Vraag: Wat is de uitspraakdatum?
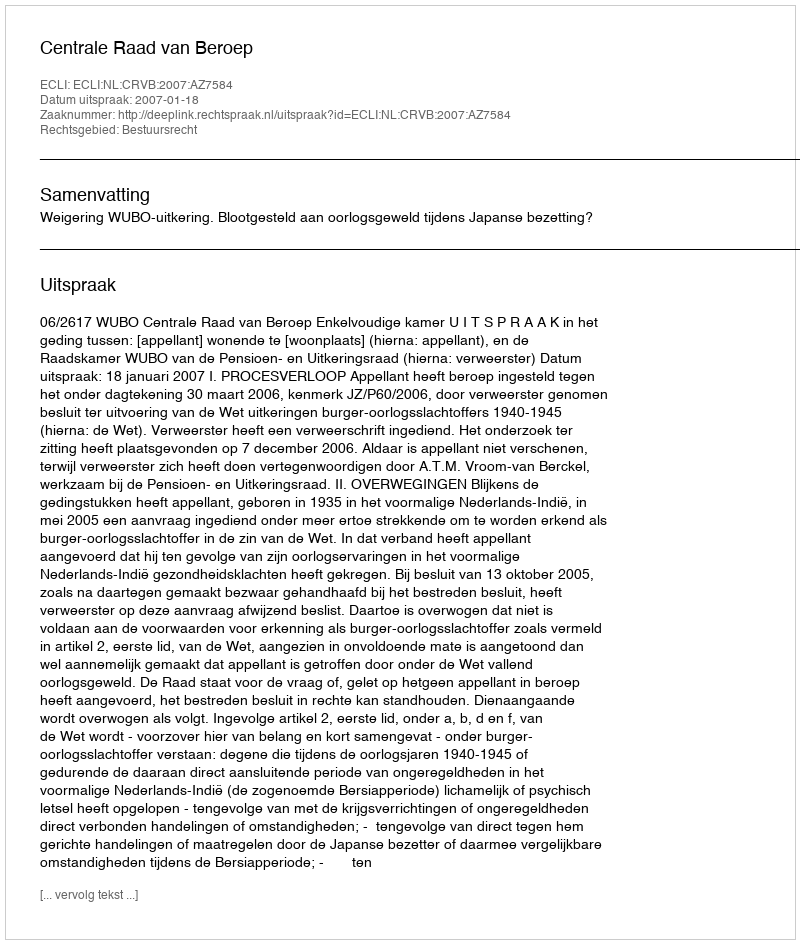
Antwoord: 2007-01-18